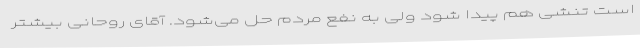
است تنشی هم پیدا شود ولی به نفع مردم حل می‌شود. آقای روحانی بیشتر